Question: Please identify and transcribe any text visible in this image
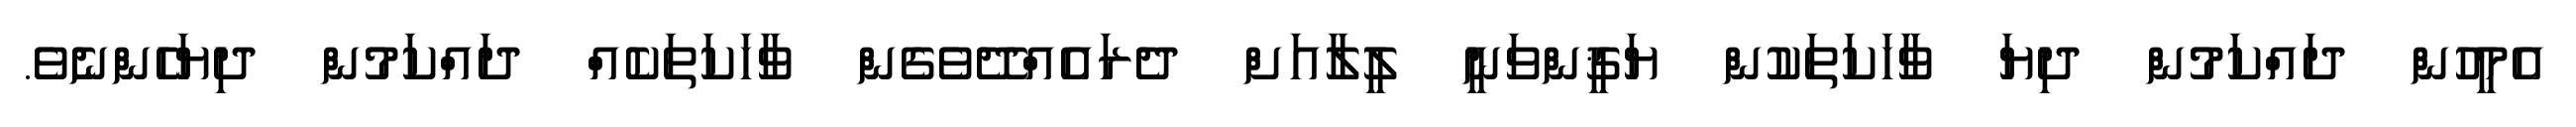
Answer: އެމީހުން ދައްކަމުން ދިޔަ ވާހަކަތަކުން ޔަޤީންވަނީ ލީލާއަށް ދެރައެއްދޭވެގެން ވާހަކަތަކެއް ދައްކަމުން ދިޔަހެންނެވެ.